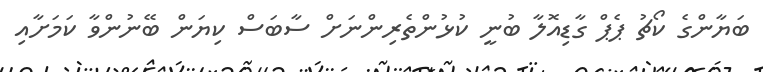
ބަޔާންގެ ކޯޗު ޕެޕް ގާޑިއޮލާ ބުނީ ކުޅުންތެރިންނަށް ސާބަސް ކިޔަން ބޭނުންވާ ކަމަށާއި